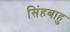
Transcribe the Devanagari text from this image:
सिंहबाहु